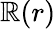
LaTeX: \mathbb{R}(r)